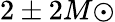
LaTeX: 2\pm 2M{\odot}